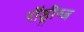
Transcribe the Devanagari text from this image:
रॉड्रीग्ज